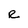
Character: R